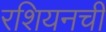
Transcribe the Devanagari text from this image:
रशियनची